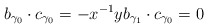
\begin{align*} b_{\gamma_0} \cdot c_{\gamma_0}= -x^{-1}y b_{\gamma_1} \cdot c_{\gamma_0} =0 \end{align*}